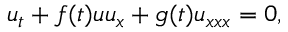
u _ { t } + f ( t ) u u _ { x } + g ( t ) u _ { x x x } = 0 ,